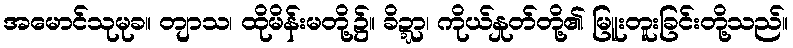
အမောင်သုမုခ။ တျာသ၊ ထိုမိန်းမတို့၌။ ခိဍ္ဍာ၊ ကိုယ်နှုတ်တို့၏ မြူးတူးခြင်းတို့သည်။